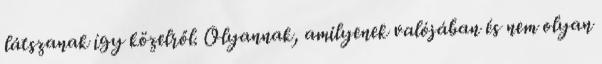
látszanak így közelről. Olyannak, amilyenek valójában és nem olyan